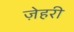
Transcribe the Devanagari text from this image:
ज़ेहरी